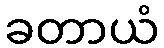
ခတာယံ